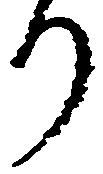
り